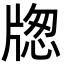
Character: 牎